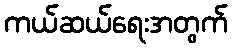
ကယ်ဆယ်ရေးအတွက်